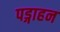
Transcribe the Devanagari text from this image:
पड्गाहन